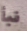
نبأ